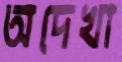
অদেখা